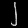
Digit: ၂